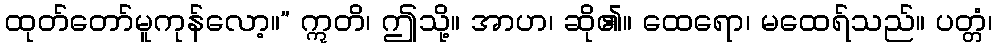
ထုတ်တော်မူကုန်လော့။” ဣတိ၊ ဤသို့။ အာဟ၊ ဆို၏။ ထေရော၊ မထေရ်သည်။ ပတ္တံ၊